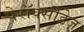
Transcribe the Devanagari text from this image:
पेरॉक्सीडेज